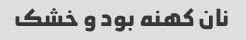
نان کهنه بود و خشک